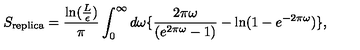
S _ { \mathrm { r e p l i c a } } = { \frac { \mathrm { l n } ( { \frac { L } { \epsilon } } ) } { \pi } } \int _ { 0 } ^ { \infty } d \omega \{ { \frac { 2 \pi \omega } { ( e ^ { 2 \pi \omega } - 1 ) } } - \mathrm { l n } ( 1 - e ^ { - 2 \pi \omega } ) \} ,